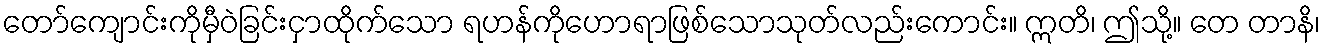
တော်ကျောင်းကိုမှီဝဲခြင်းငှာထိုက်သော ရဟန်ကိုဟောရာဖြစ်သောသုတ်လည်းကောင်း။ ဣတိ၊ ဤသို့။ တေ တာနိ၊